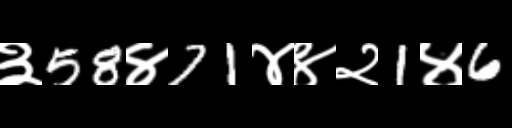
Text: ३58४71४४२1४6